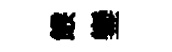
餱鑾